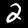
Label: 2